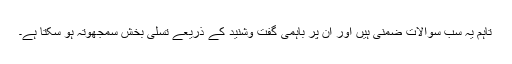
تاہم یہ سب سوالات ضمنی ہیں اور ان پر باہمی گفت وشنید کے ذریعے تسلی بخش سمجھوتہ ہو سکتا ہے۔